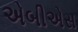
એબીએસ